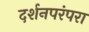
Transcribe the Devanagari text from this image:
दर्शनपरंपरा